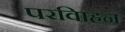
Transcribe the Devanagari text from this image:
परविाहन